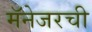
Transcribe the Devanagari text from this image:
मॅनेजरची